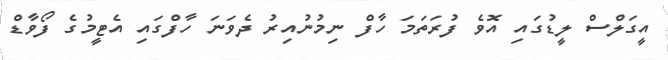
އީގަލްސް ލީޑުގައި އޮވެ ފުރަތަމަ ހާފް ނިމުނުއިރު ދެވަނަ ހާފްގައި އެޓީމުގެ ފޯވާޑް